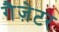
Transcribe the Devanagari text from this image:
गैज़ेटर